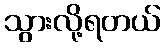
သွားလို့ရတယ်